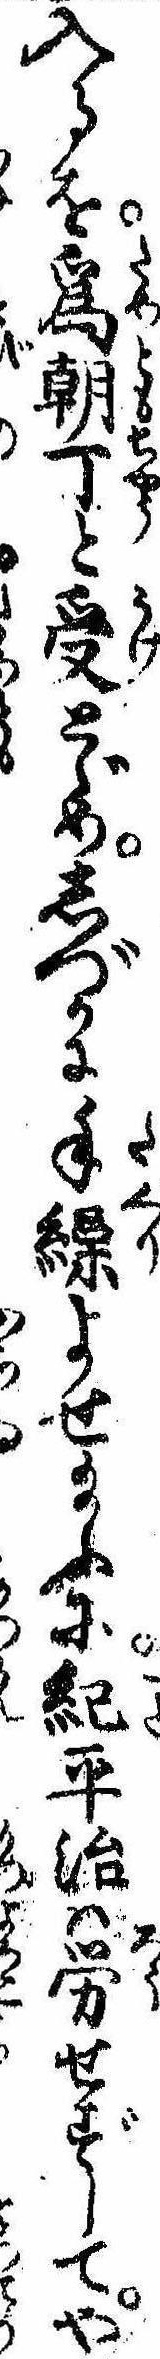
入るを為朝丁と受とゞめしづかに手繰よせ給ふに紀平治は労せずしてや